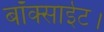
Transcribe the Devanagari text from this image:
बॉक्साईट।